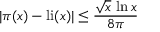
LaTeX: | \pi ( x ) - \mathrm { { l i } } ( x ) | \leq { \frac { { \sqrt { x } } \, \ln x } { 8 \pi } }